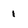
Character: 1